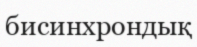
бисинхрондық